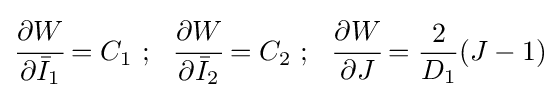
{\cfrac {\partial {W}}{\partial {\bar {I}}_{1}}}=C_{1}~;~~{\cfrac {\partial {W}}{\partial {\bar {I}}_{2}}}=C_{2}~;~~{\cfrac {\partial {W}}{\partial J}}={\frac {2}{D_{1}}}(J-1)